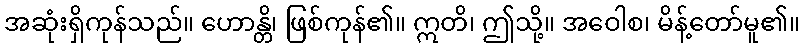
အဆုံးရှိကုန်သည်။ ဟောန္တိ၊ ဖြစ်ကုန်၏။ ဣတိ၊ ဤသို့။ အဝေါစ၊ မိန့်တော်မူ၏။